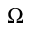
\Omega